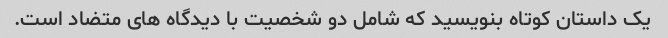
یک داستان کوتاه بنویسید که شامل دو شخصیت با دیدگاه های متضاد است.